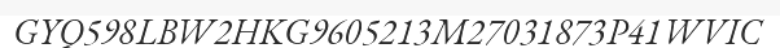
GYQ598LBW2HKG9605213M27031873P41WVIC